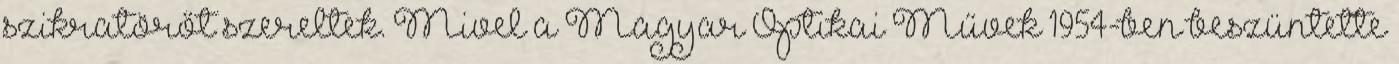
szikratörőt szereltek. Mivel a Magyar Optikai Művek 1954-ben beszüntette